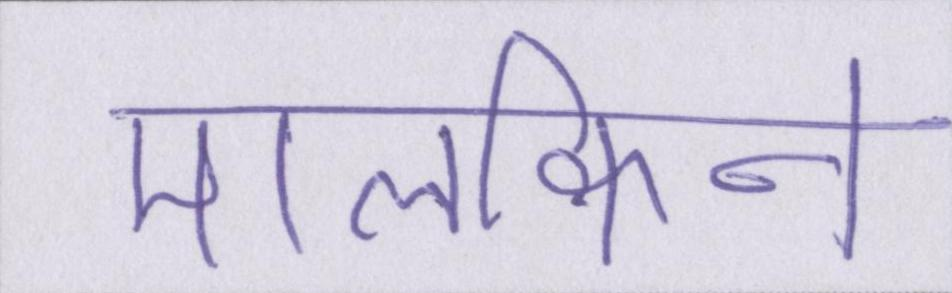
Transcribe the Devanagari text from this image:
मालकिन